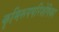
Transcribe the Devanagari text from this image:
कृमिरूपपरिशेषिका